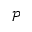
\mathcal { P }